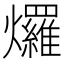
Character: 𤓓